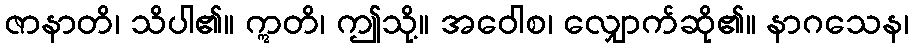
ဇာနာတိ၊ သိပါ၏။ ဣတိ၊ ဤသို့။ အဝေါစ၊ လျှောက်ဆို၏။ နာဂသေန၊